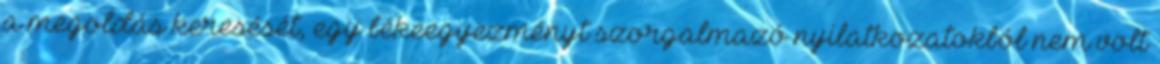
a megoldás keresését, egy békeegyezményt szorgalmazó nyilatkozatokból nem volt